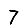
Digit: 7